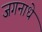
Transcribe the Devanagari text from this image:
जगनाधे